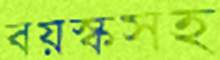
বয়স্কসহ